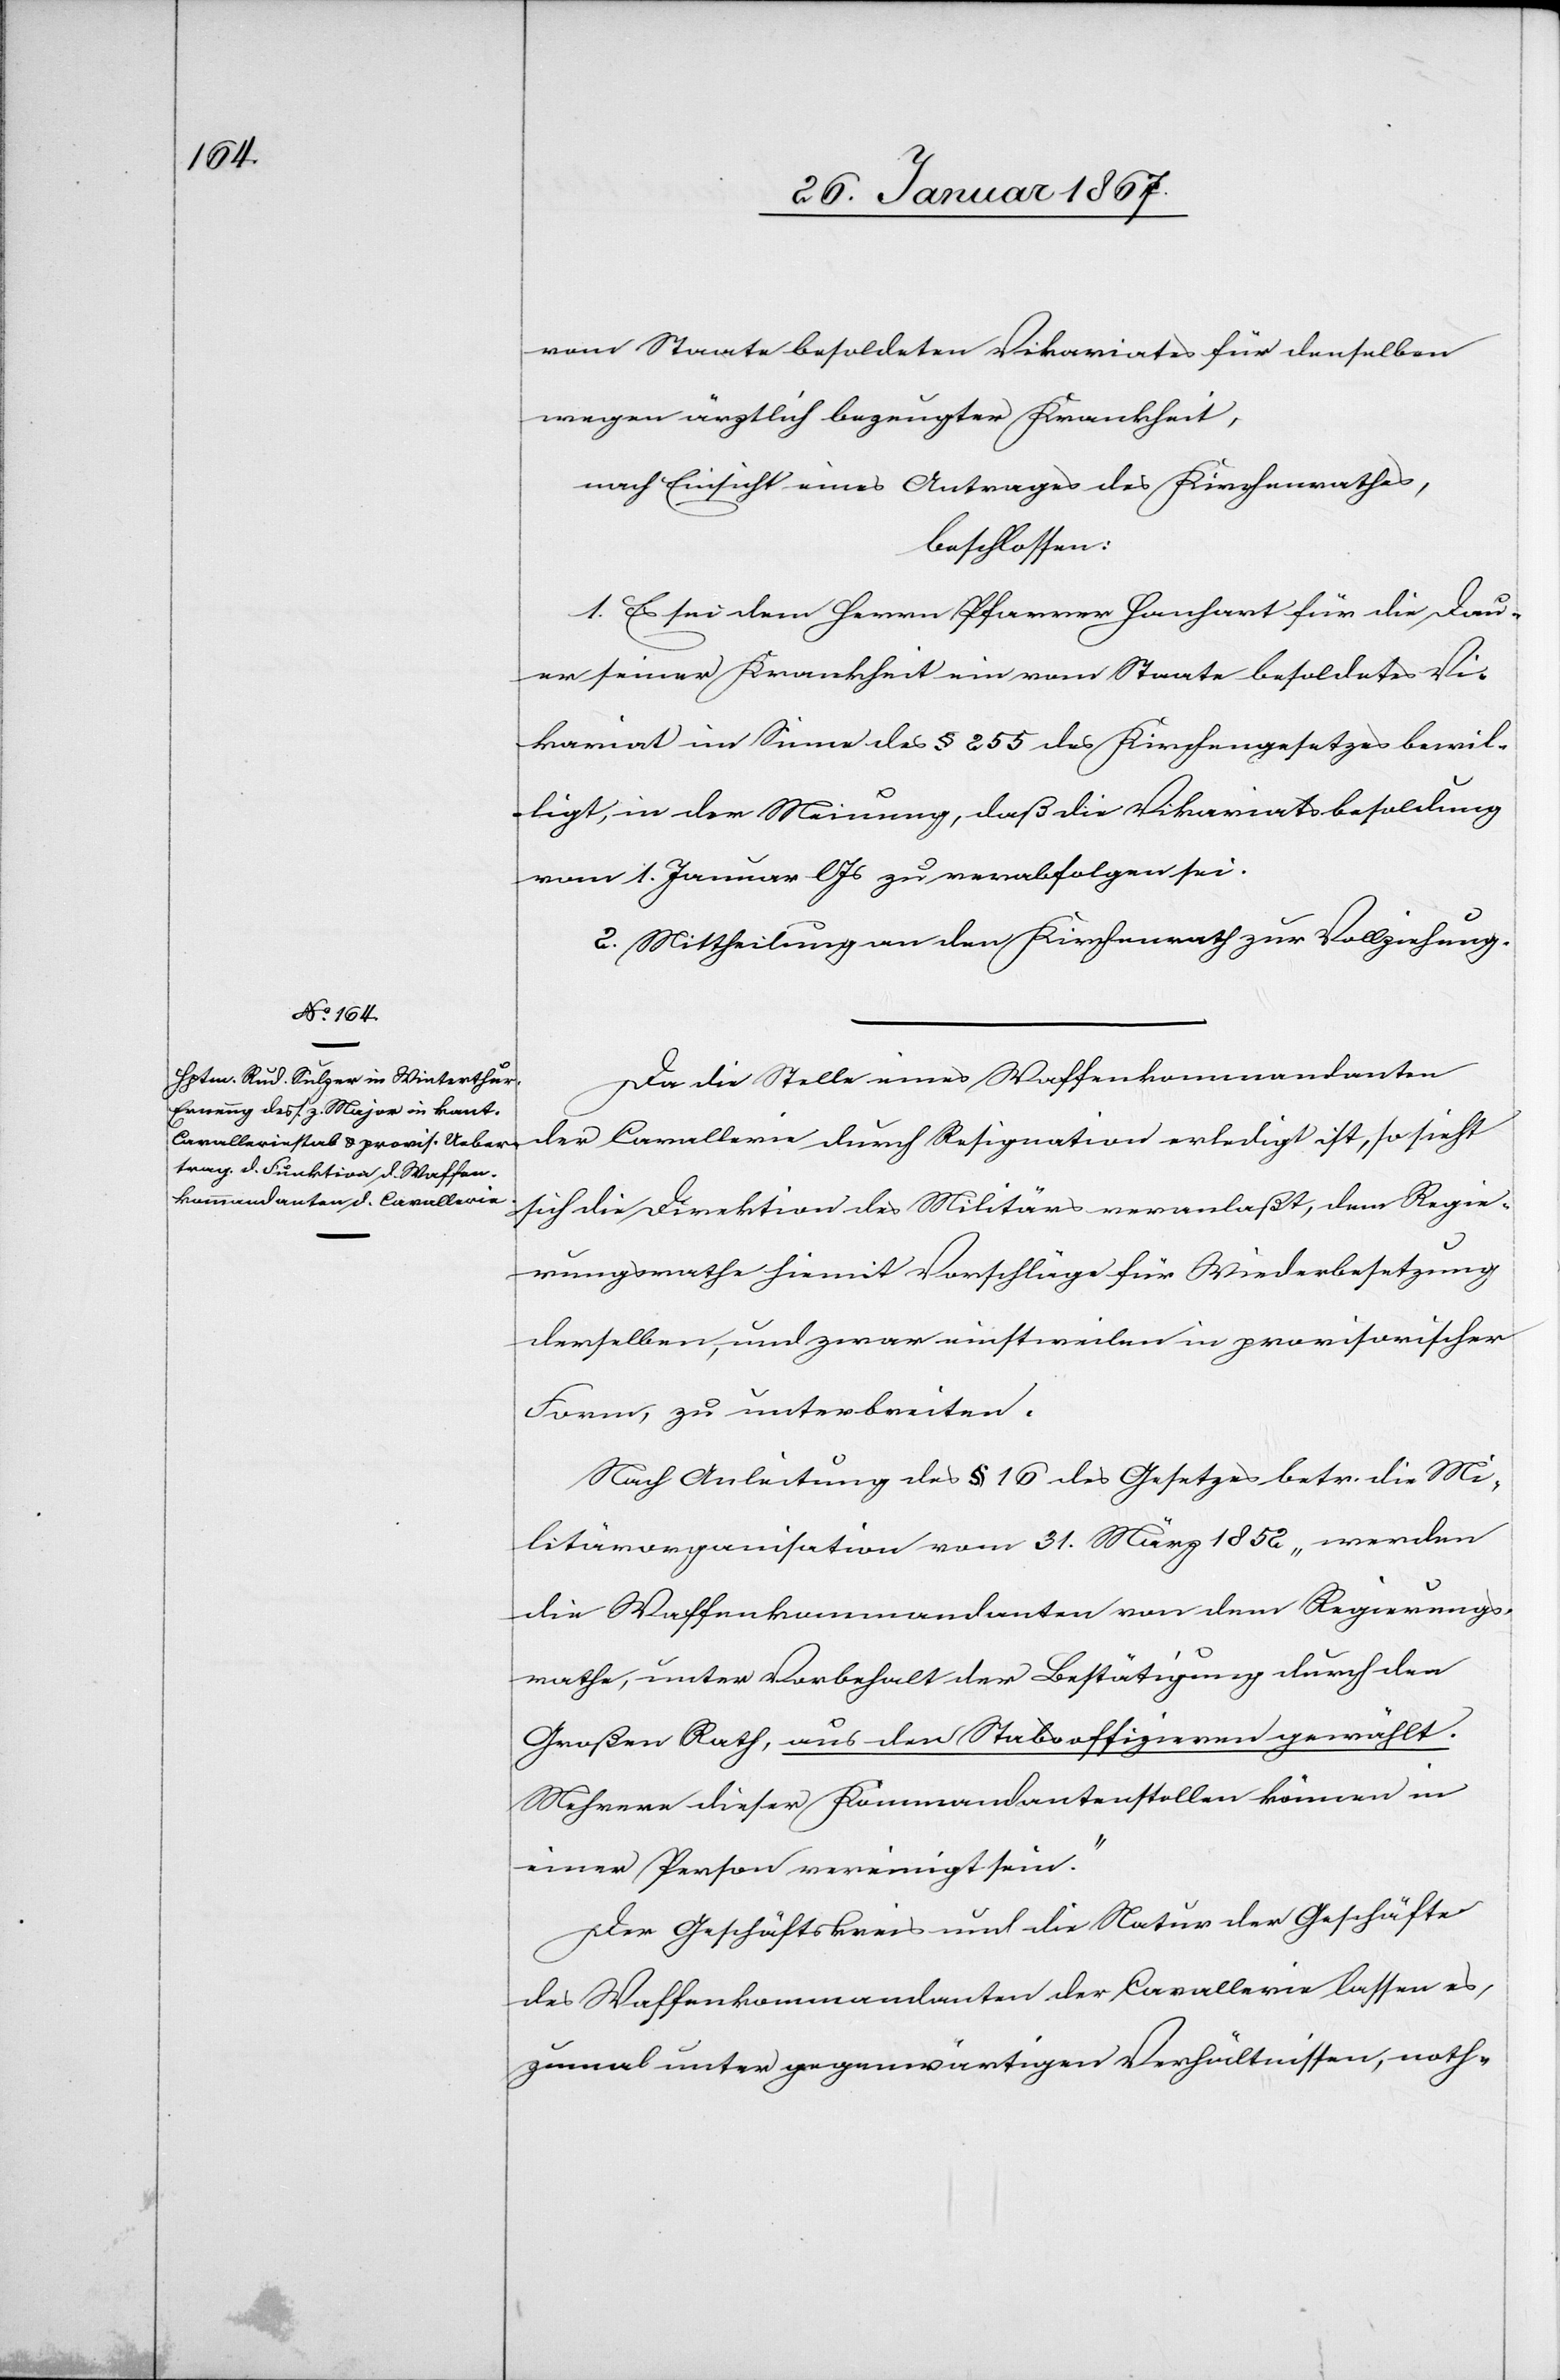
vom Staate besoldeten Vikariates für denselben
wegen ärztlich bezeugter Krankheit,
nach Einsicht eines Antrages des Kirchenrathes,
beschlossen:
1. Es sei dem Herrn Pfarrer Hanhart für die Dau¬
er seiner Krankheit ein vom Staate besoldetes Vi¬
kariat im Sinne des § 255 des Kirchengesetzes bewil¬
ligt, in der Meinung, daß die Vikariatsbesoldung
vom 1. Januar l. Js zu verabfolgen sei.
2. Mittheilung an den Kirchenrath zur Vollziehung.
Da die Stelle eines Waffenkommandanten
der Cavallerie durch Resignation erledigt ist, so sieht
sich die Direktion des Militärs veranlaßt, dem Regie¬
rungsrathe hiermit Vorschläge für Wiederbesetzung
derselben, und zwar einstweilen in provisorischer
Form, zu unterbreiten.
Nach Anleitung des § 16 des Gesetzes betr. die Mi¬
litärorganisation vom 31. März 1852 „werden
die Waffenkommandanten von dem Regierungs¬
rathe, unter Vorbehalt der Bestätigung durch den
Großen Rath, aus den Stabsoffizieren gewählt.
Mehrere dieser Kommandantenstellen können in
einer Person vereinigt sein.“
Der Geschäftskreis und die Natur der Geschäfte
des Waffenkommandanten der Cavallerie lassen es,
zumal unter gegenwärtigen Verhältnissen, noth-